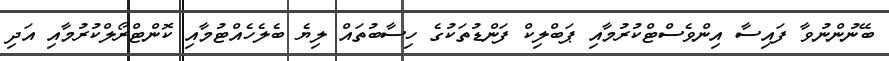
ބޭނުންނުވާ ފައިސާ އިންވެސްޓްކުރުމާއި ޕަބްލިކް ފަންޑުތަކުގެ ހިސާބުތައް ލިޔެ ބެލެހެއްޓުމާއި ކޮންޓްރޯލްކުރުމާއި އަދި